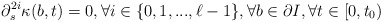
\begin{align*}\partial_s^{2i}\kappa(b, t)=0, \forall i\in\{0, 1,..., \ell-1\}, \forall b\in\partial I, \forall t\in[0,t_0) \end{align*}